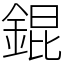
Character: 錕